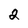
Character: 2